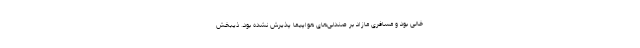
خالی بود و مسافری مازاد بر صندلی‌های هواپیما پذیرش نشده بود. ذیبخش